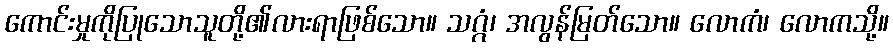
ကောင်းမှုကိုပြုသောသူတို့၏လားရာဖြစ်သော။ သဂ္ဂံ၊ အလွန်မြတ်သော။ လောကံ၊ လောကသို့။